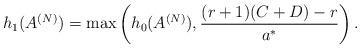
LaTeX: \begin{align*}h_1(A^{(N)}) = \max\left( h_0(A^{(N)}), \frac{ (r+1)(C+D)-r}{a^*} \right).\end{align*}